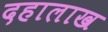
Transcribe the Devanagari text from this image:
दहालाख